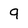
Character: q